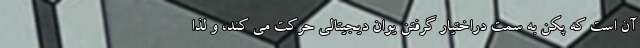
آن است که پکن به سمت دراختیار گرفتن یوان دیجیتالی حرکت می کند، و لذا